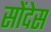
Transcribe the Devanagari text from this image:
सोंदेस